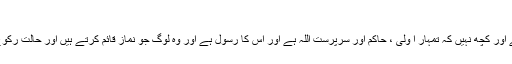
(١٢)
ترجمہ :''سوائے اس کے اور کچھ نہیں کہ تمہار ا ولی ، حاکم اور سرپرست اللہ ہے اور اس کا رسول ہے اور وہ لوگ جو نماز قائم کرتے ہیں اور حالت رکوع میں زکوة دیتے ہیں'' ۔